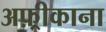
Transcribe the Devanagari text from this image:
अफ़्रीकाना